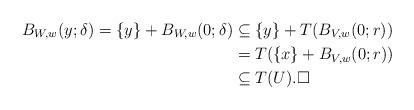
LaTeX: \begin{align*}B_{W,w}(y;\delta)= \{y\}+B_{W,w}(0;\delta) & \subseteq \{y\}+T(B_{V,w}(0;r))\\& = T(\{x\}+B_{V,w}(0;r))\\& \subseteq T(U). \Box\end{align*}